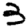
Digit: 3